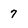
Character: 7